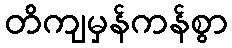
တိကျမှန်ကန်စွာ